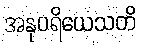
အနုပရိယေသတိ